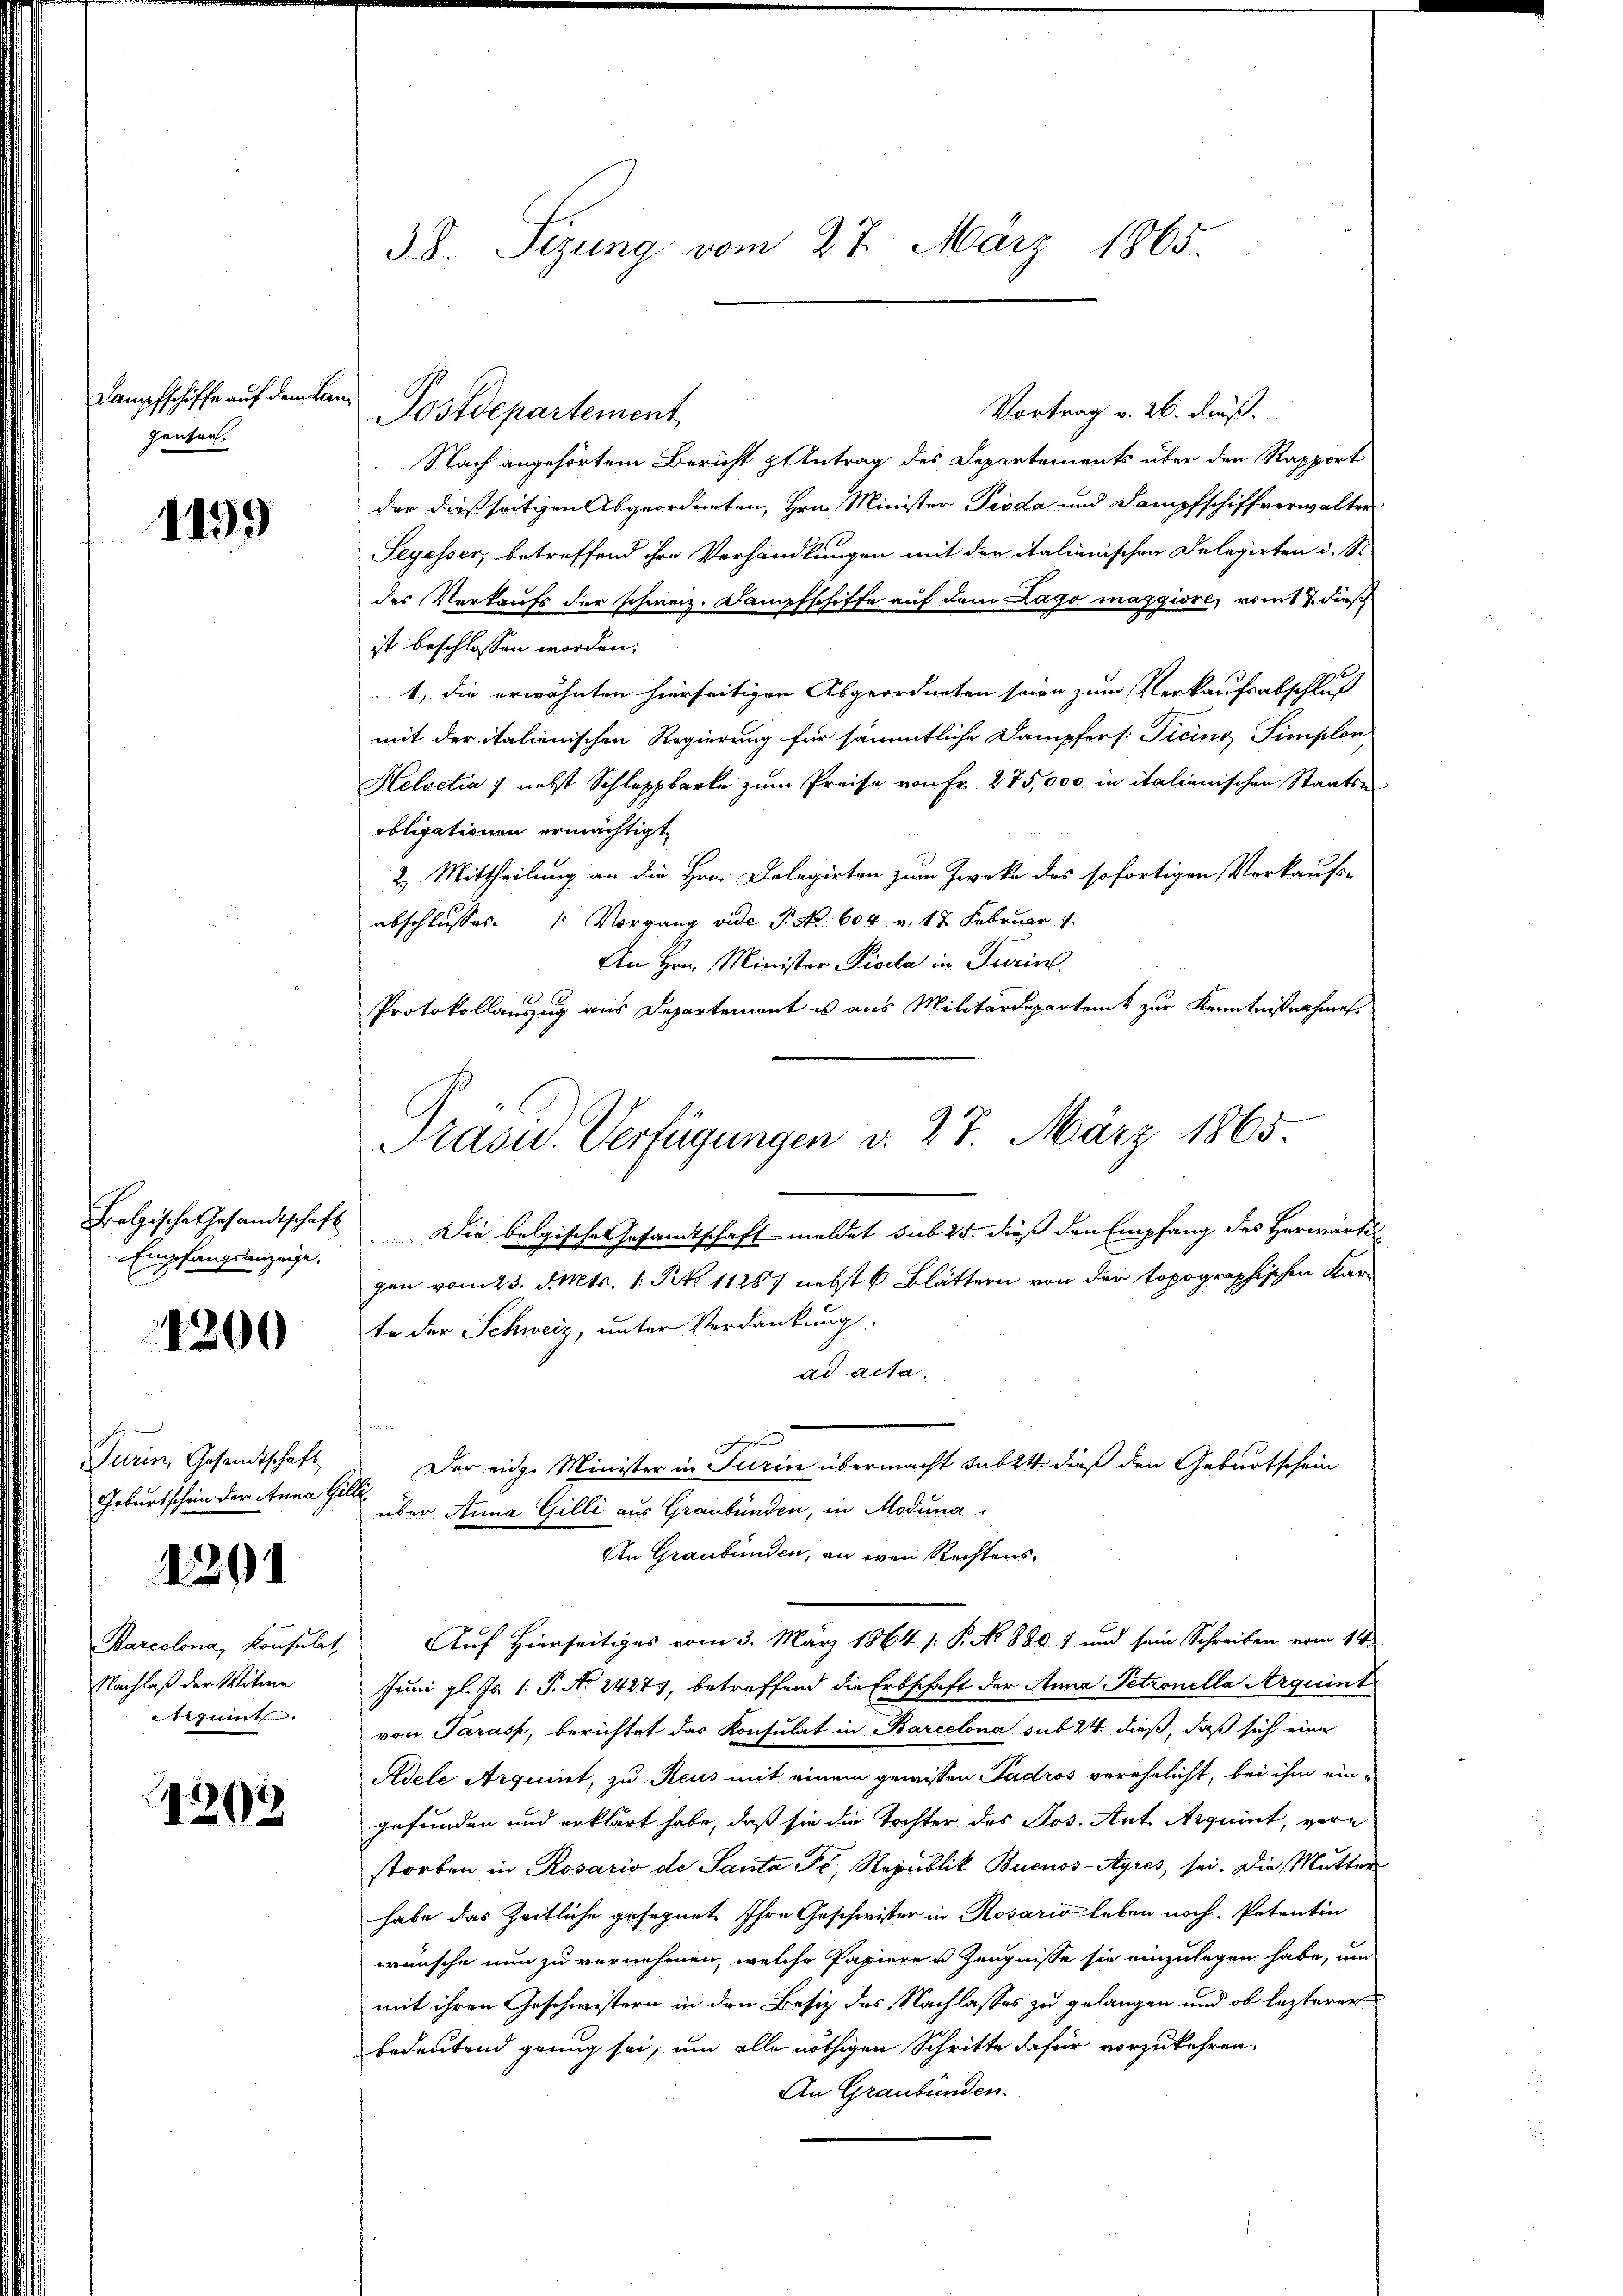
Dampfschiffe auf dem Lan
ganten.

1199

Belgische Gesandtschaft
Empfangsanzeige,

1200

Turin, Gesandtschaft
Geburtschein der Anna Gill

1291

Barcelona, Konsulat
Nachlaß der Witwe
etigent

1213

38. Sizung vom 27. März 1865.

Vortrag v. 26. Fuß.
Postdepartement
Nach angehörtem Bericht & Antrag des Departements über den Rapport
der dießseitigen Abgeordneten, Hrn. Minister Pioda und Dampfschiffverwalter
Segesser, betreffend ihre Verhandlungen mit der italienischen Delegirten d. S.
des Verkaufs der schweiz. Dampfschiffe auf dem Lago maggiore, vom 17. dieß
ist beschlossen worden.
1., die erwähnten hierseitigen Abgeordneten seien zum Verkaufsabschluß
mit der italienischen Regierung für sämmtliche Dampfers: Ticino, Simplen
Helvetia 7 nebst Schleppbarke zŭm Preise von Fr. 275,000 in italienischer Staatse
obligationen ermächtigt,
2.) Mittheilung an die Hrn. Delegirten zum Zwecke des sofortigen Verkaufs-
abschlusses. 1 Vorgang vide P. Nr. 604 v. 17. Februar 1
An Hrn. Minister Pioda in Turin.
Protokollauszug aus Departement es aus Militärdepartenk zur Kenntnißnahmen.
Die belgische Gesandtschaft meldet sub. 25. dieß den Empfang des Herwärtigen vom 23. d. Mts. 1. Frk. 11887 nebst 6 Blättern von der topographischen Karte der Schweiz, unter Verdankung:
ad acta.
hoffen
Der eige Minister in Turin übermacht subst dieß den Geburtschein
über Anna Gilli aus Graubünden, in Moduna
An Graubünden, an den Rechtens
Auf Hierseitiges vom 3. März 1864 /: P. No 880 1 und sein Schreiben vom 11ten
Juni gl. Js. 1. P. No 24273, betreffend die Erbschaft der Anna Petronella Arquint
von Parass, berichtet das Konsulat in Barcelona sub 24 dieß, daß sich eine
Adele Arquint, zu Reus mit einem gewissen Padros verehelicht, bei ihm eingefunden und erklärt habe, daß sie die Tochter des Jos. Art Arquint, verstorben in Rosario de Santa Fr., Republik Buenos-Ayres, sei. Die Mutter
habe das Zeitliche gesegnet Ihre Geschwister in Rosario leben noch: Petentin
wünsche nun zu vernehmen, welche Papieren Zeugnisse sie einzulegen habe, um
mit ihren Geschwistern in den Besiz des Nachlasses zu gelangen und ob lezterer
bedeutend grung sei, um alle nöthigen Schritte dafür vorzukehren.
An Graubünden.

Präsid.. Verfügungen v. 27. März 1865.